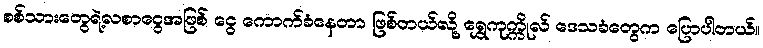
စစ်သားတွေရဲ့လစာငွေအဖြစ် ငွေ ကောက်ခံနေတာ ဖြစ်တယ်လို့ ရွှေကုက္ကိုလ် ဒေသခံတွေက ပြောပါတယ်။